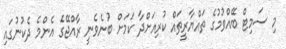
މި ސަމިޓް ބޭއްވުމުގެ ތައްޔާރީތައް ކުރިއަށްދާ ކަމަށް ބުނެވެނީ ރާއްޖޭގެ އެންމެ ދެކުނުގައި